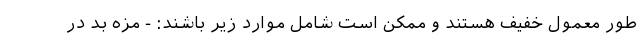
طور معمول خفیف هستند و ممکن است شامل موارد زیر باشند: - مزه بد در